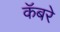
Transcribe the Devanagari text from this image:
कॅबरे